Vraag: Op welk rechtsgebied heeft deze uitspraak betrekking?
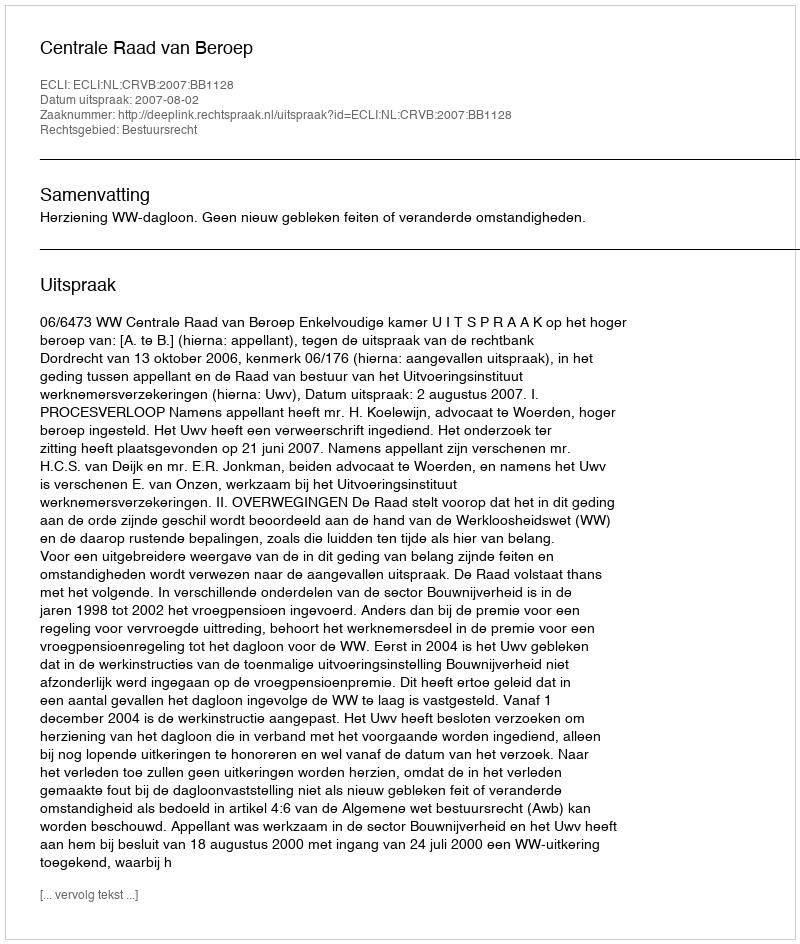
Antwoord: Bestuursrecht